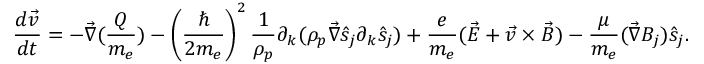
\frac { d \vec { v } } { d t } = - \vec { \nabla } ( \frac { Q } { m _ { e } } ) - \left( \frac { \hbar } { 2 m _ { e } } \right) ^ { 2 } \frac { 1 } { \rho _ { p } } \partial _ { k } ( \rho _ { p } \vec { \nabla } \hat { s } _ { j } \partial _ { k } \hat { s } _ { j } ) + \frac { e } { m _ { e } } ( \vec { E } + \vec { v } \times \vec { B } ) - \frac { \mu } { m _ { e } } ( \vec { \nabla } B _ { j } ) \hat { s } _ { j } .